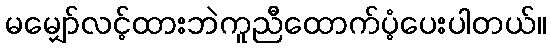
မမျှော်လင့်ထားဘဲကူညီထောက်ပံ့ပေးပါတယ်။